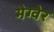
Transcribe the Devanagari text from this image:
मेग्वेर